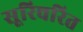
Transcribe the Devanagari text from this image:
सूरिचरित